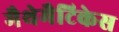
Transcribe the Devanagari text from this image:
मैथेमैटिकेस